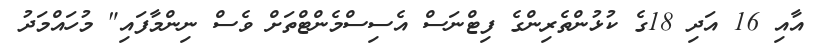
އާއި 16 އަދި 18ގެ ކުޅުންތެރިންގެ ފިޓްނަސް އެސިސްމެންޓްތަށް ވެސް ނިންމާފައި" މުހައްމަދު